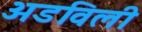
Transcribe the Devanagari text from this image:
अडविली